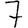
Digit: 7